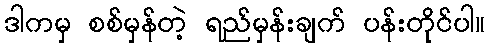
ဒါကမှ စစ်မှန်တဲ့ ရည်မှန်းချက် ပန်းတိုင်ပါ။